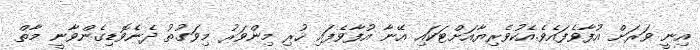
އިނީ ވަރަށް އުފާވެފައެވެ.އެކުވެރިޔާއަށްޓަކައި އޭނާ އުފާވެފައި ހުރި މިންވަރު މިވަގުތު ދެނެވޮޑިގެންވާނީ މާތް